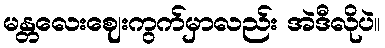
မန္တလေးဈေးကွက်မှာလည်း အဲဒီလိုပဲ။